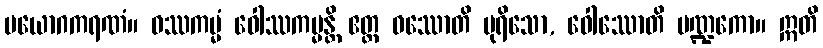
ပယောဂကရဏံ။ ဝဿကမ္မံ ဝေါဿကမ္မန္တိ ဧတ္ထ ဝဿောတိ ပုရိသော, ဝေါဿောတိ ပဏ္ဍကော။ ဣတိ